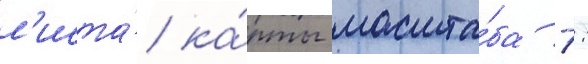
л'иста́ ка́рты масшта́ба 1: